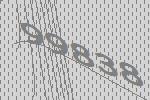
99838